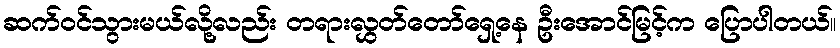
ဆက်ဝင်သွားမယ်လို့လည်း တရားလွှတ်တော်ရှေ့နေ ဦးအောင်မြင့်က ပြောပါတယ်။